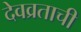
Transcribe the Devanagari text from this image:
देवव्रताची